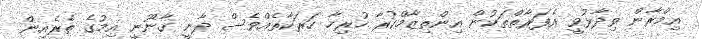
އިމްރާން ވިދާޅުވީ އެފަރާތްތަކުން އިންތިޒާމްކުރާ ހުރިހާ ހަރަކާތެއްވެސް ދާނީ ގާނޫނީ އިމުގެ ތެރެއިން